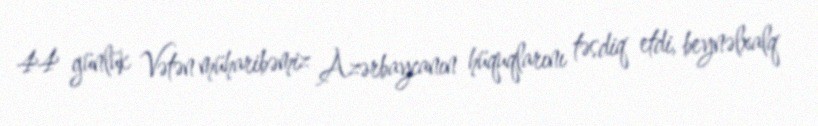
44 günlük Vətən müharibəmiz Azərbaycanın hüquqlarını təsdiq etdi, beynəlxalq